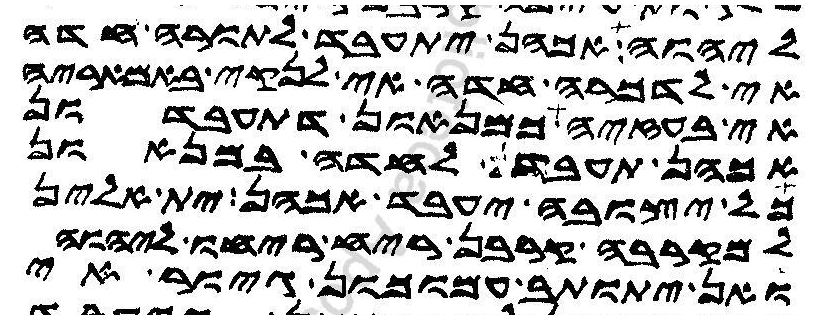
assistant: ליהוה אכהן יתעבד לתורה חדה
אי לדכרה חדה אי לנקי באמאריה
אי בעזיה כמניאנון דתעבדון
אכהן תעבדון לחדה במניאנון
כל יצובה יעבד אכהן ית אלין
למקרבה קרבן ריח ריחו ליהוה
ואן יתותב עמוכון גיור אי